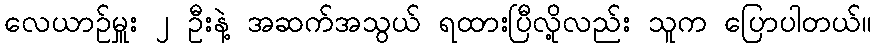
လေယာဉ်မှူး ၂ ဦးနဲ့ အဆက်အသွယ် ရထားပြီလို့လည်း သူက ပြောပါတယ်။